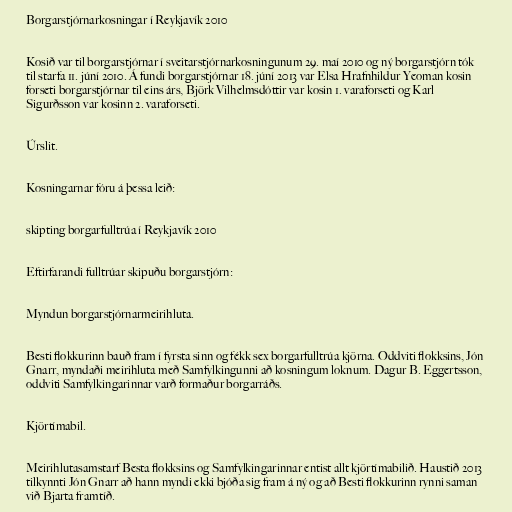
Borgarstjórnarkosningar í Reykjavík 2010

Kosið var til borgarstjórnar í sveitarstjórnarkosningunum 29. maí 2010 og ný borgarstjórn tók
til starfa 11. júní 2010. Á fundi borgarstjórnar 18. júní 2013 var Elsa Hrafnhildur Yeoman kosin
forseti borgarstjórnar til eins árs, Björk Vilhelmsdóttir var kosin 1. varaforseti og Karl
Sigurðsson var kosinn 2. varaforseti.

Úrslit.

Kosningarnar fóru á þessa leið:

skipting borgarfulltrúa í Reykjavík 2010

Eftirfarandi fulltrúar skipuðu borgarstjórn:

Myndun borgarstjórnarmeirihluta.

Besti flokkurinn bauð fram í fyrsta sinn og fékk sex borgarfulltrúa kjörna. Oddviti flokksins, Jón
Gnarr, myndaði meirihluta með Samfylkingunni að kosningum loknum. Dagur B. Eggertsson,
oddviti Samfylkingarinnar varð formaður borgarráðs.

Kjörtímabil.

Meirihlutasamstarf Besta flokksins og Samfylkingarinnar entist allt kjörtímabilið. Haustið 2013
tilkynnti Jón Gnarr að hann myndi ekki bjóða sig fram á ný og að Besti flokkurinn rynni saman
við Bjarta framtíð.